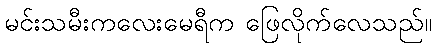
မင်းသမီးကလေးမေရီက ဖြေလိုက်လေသည်။